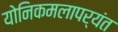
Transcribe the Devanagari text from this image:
योनिकमलापर्यंत